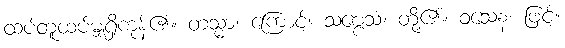
ထပ်တူထပ်မျှရှိကုန်၏။ တသ္မာ၊ ကြောင့်။ သဗ္ဗေသံ၊ တို့၏။ ဝသေန၊ ဖြင့်။